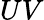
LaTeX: UV